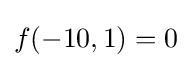
f(-10,1)=0